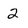
Character: 2